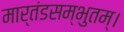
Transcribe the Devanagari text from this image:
मार्तंडसम्भुतम्।